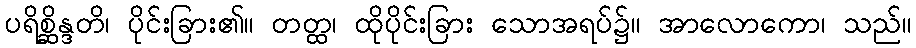
ပရိစ္ဆိန္ဒတိ၊ ပိုင်းခြား၏။ တတ္ထ၊ ထိုပိုင်းခြား သောအရပ်၌။ အာလောကော၊ သည်။